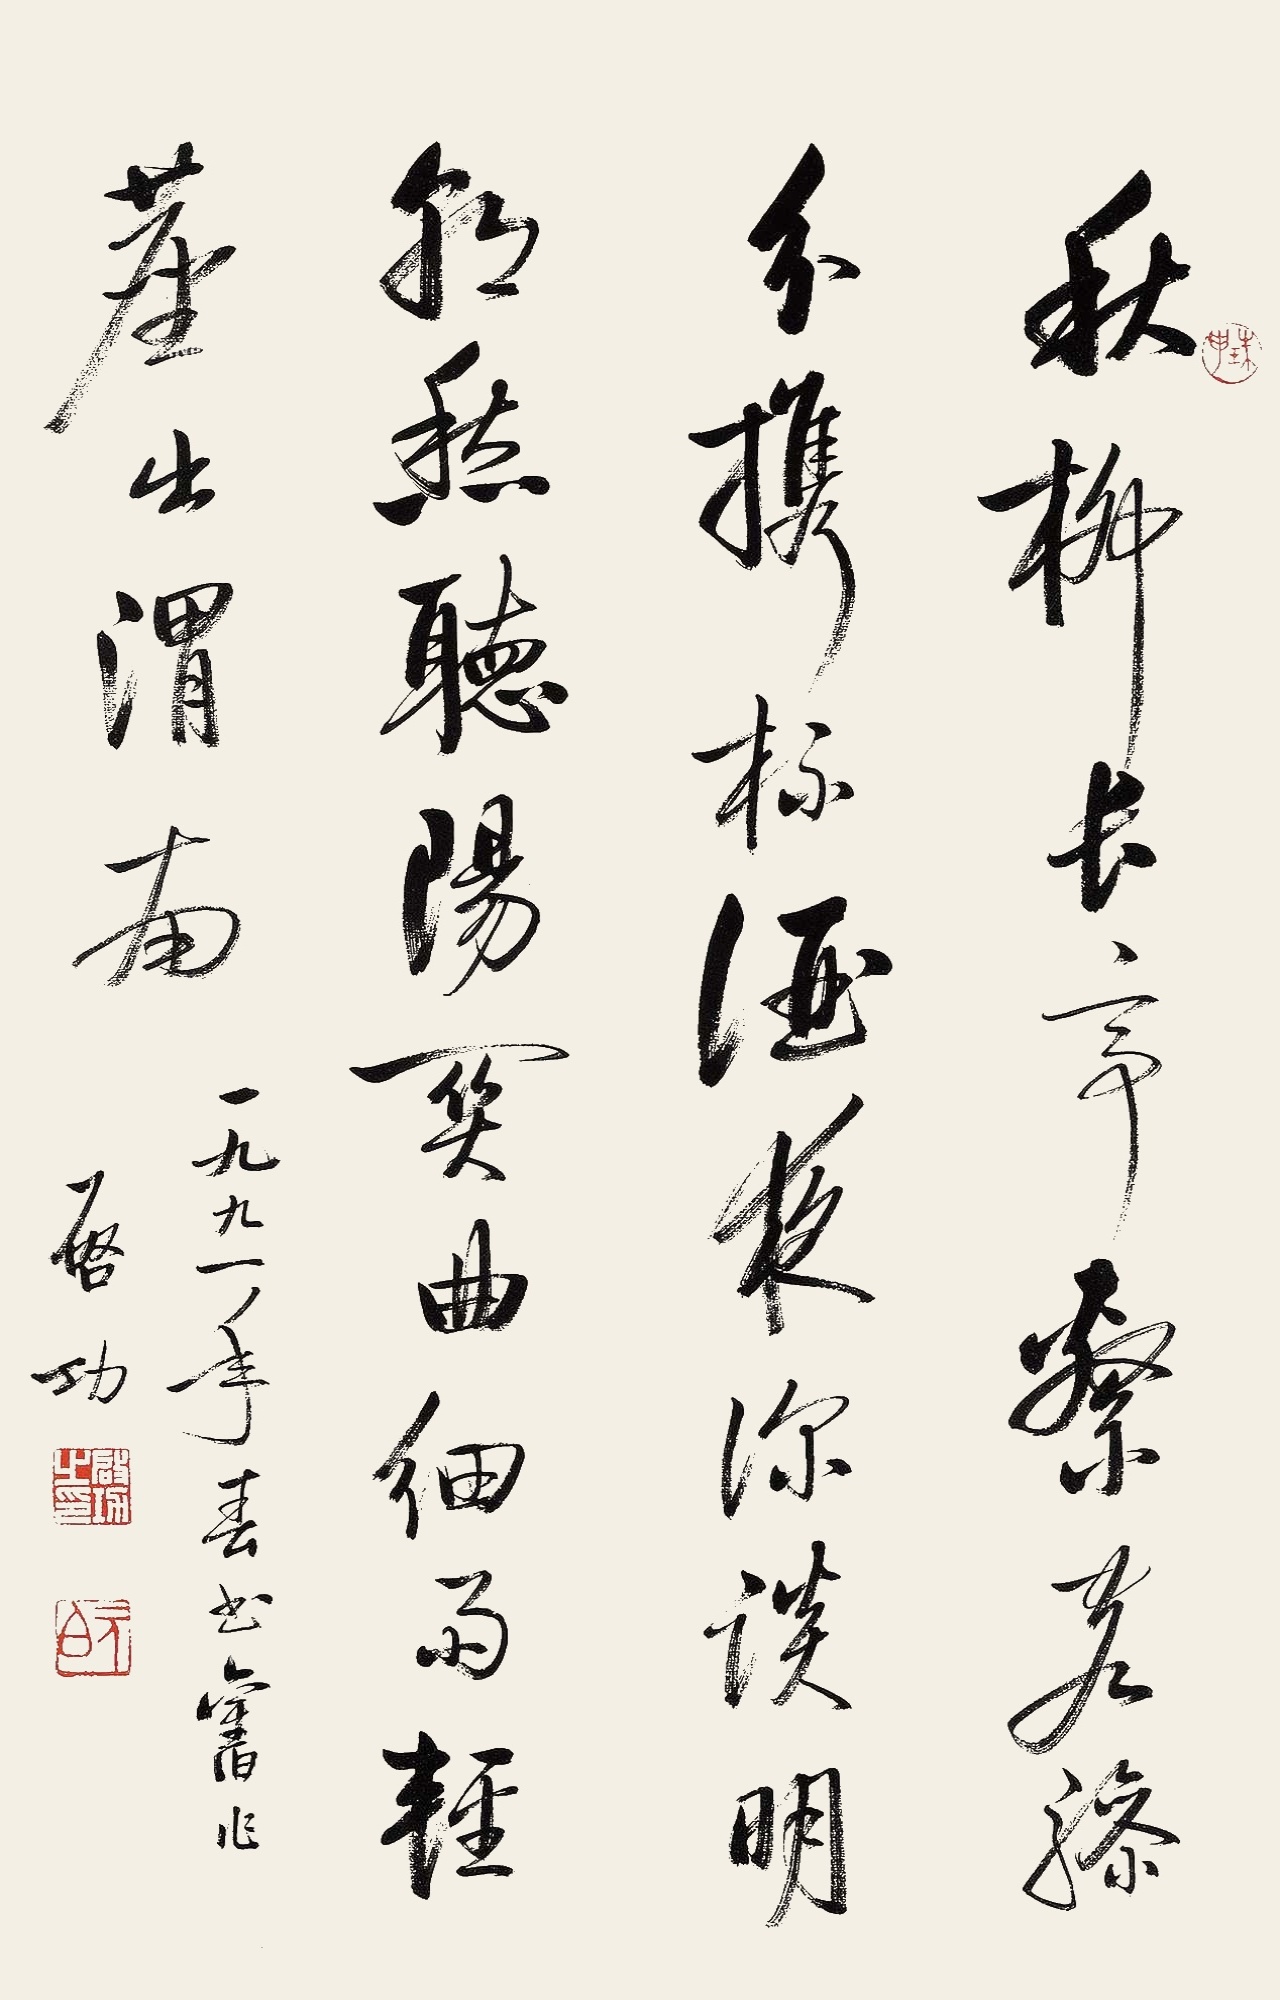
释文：秋柳长亭萦茗骖，分携杯酒夜深谈，明影愁听阳关曲，细雨轻尘出渭南。一九九一年春书旧作。启功。